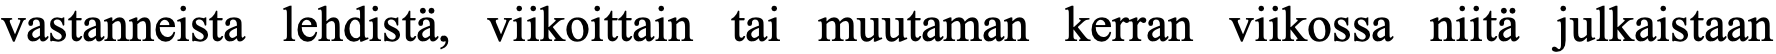
vastanneista lehdistä, viikoittain tai muutaman kerran viikossa niitä julkaistaan